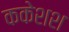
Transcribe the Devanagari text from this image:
ककेशश